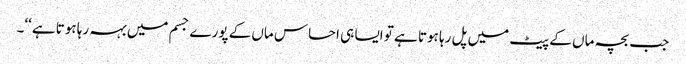
جب بچہ ماں کے پیٹ میں پل رہا ہوتا ہے تو ایسا ہی احساس ماں کے پورے جسم میں بہہ رہا ہوتا ہے‘‘۔